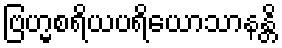
ဗြဟ္မစရိယပရိယောသာနန္တိ